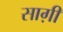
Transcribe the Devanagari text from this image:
साग़ी